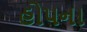
હોપના